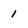
Character: 1